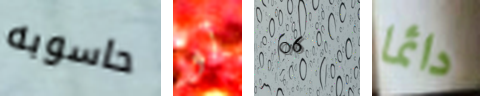
حاسوبه لو 06 دائما